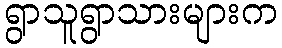
ရွာသူရွာသားများက